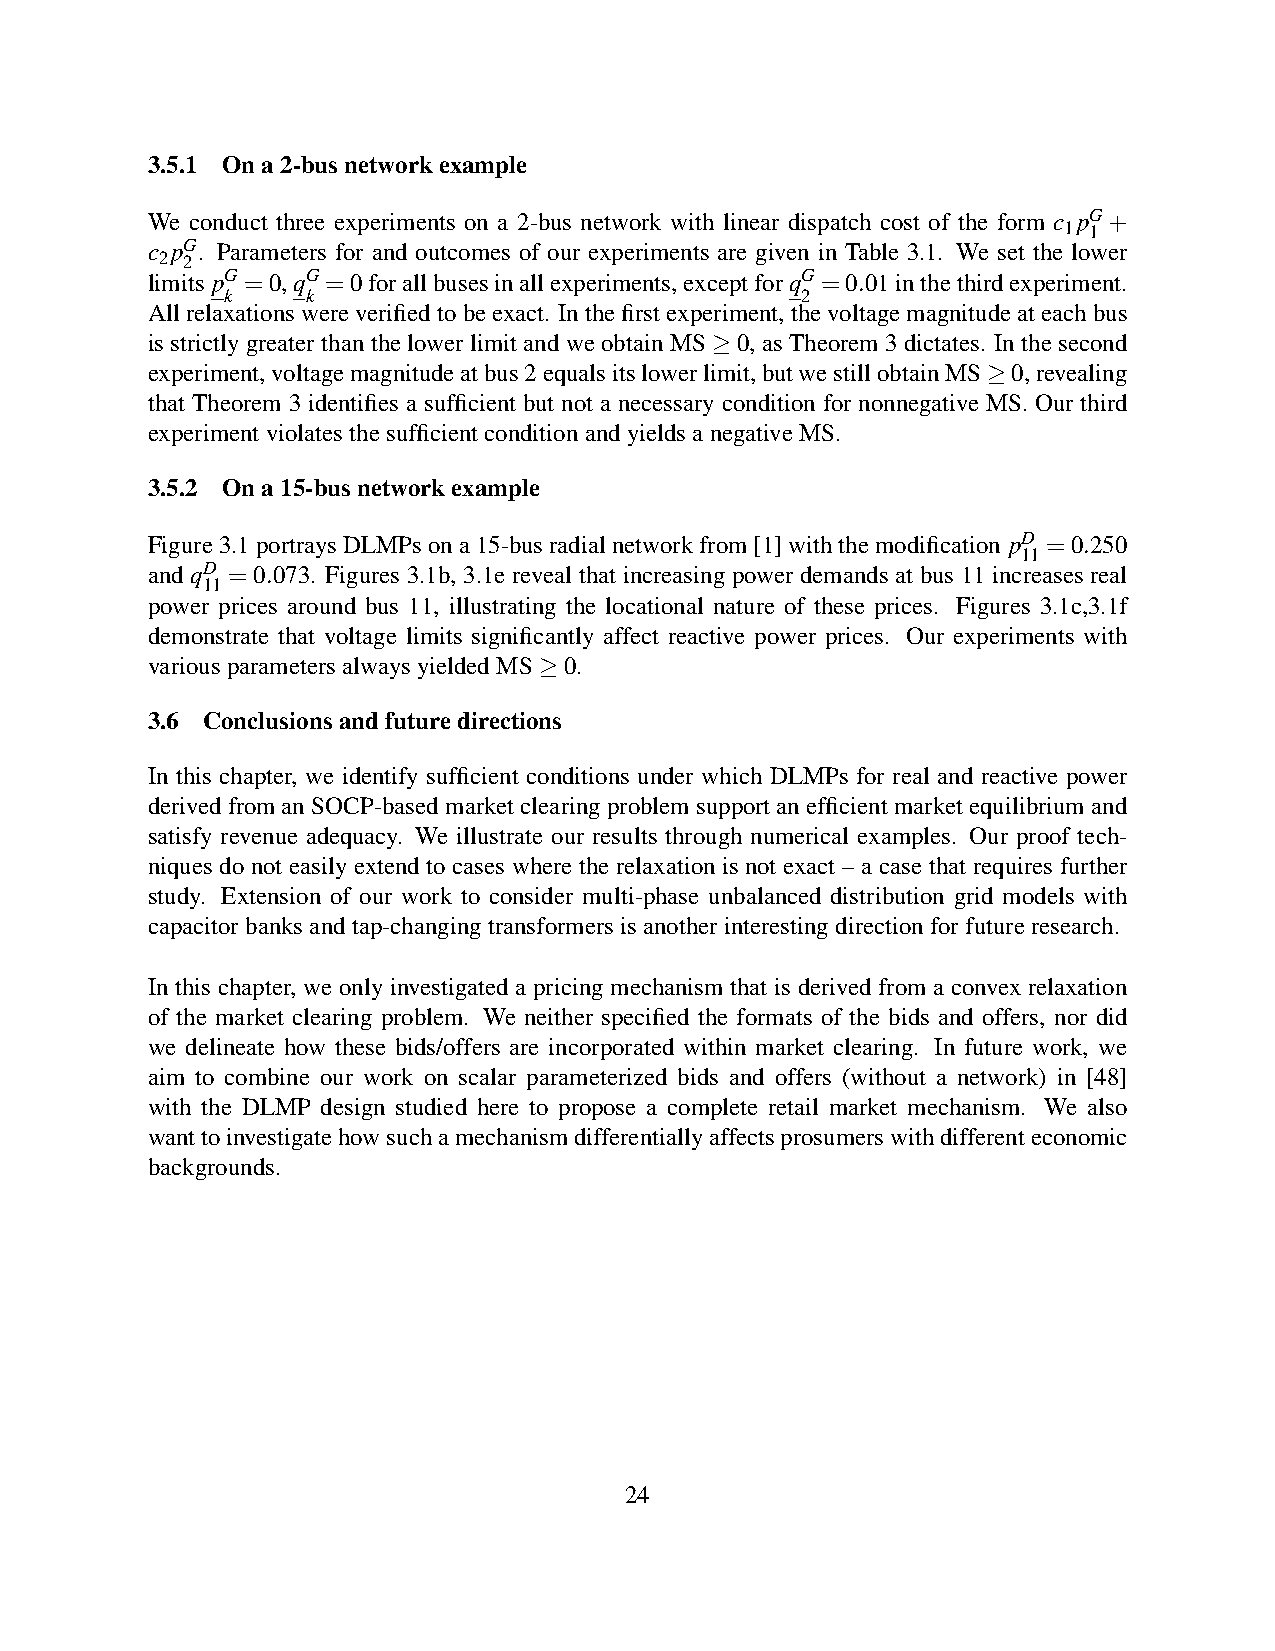
3.5.1 Ona2-busnetworkexample
 We conduct three experiments on a 2-bus network with linear dispatch cost of the form c pG+
 1 1
 c pG. Parameters for and outcomes of our experiments are given in Table 3.1. We set the lower
 2 2
 limits pG=0,qG=0forallbusesinallexperiments,exceptforqG=0.01inthethirdexperiment.
 k    k                                2
 Allrelaxationswereverifiedtobeexact. Inthefirstexperiment,thevoltagemagnitudeateachbus
 is strictly greater than the lower limit and we obtain MS 0, as Theorem 3 dictates. In the second
 ≥
 experiment,voltagemagnitudeatbus2equalsitslowerlimit,butwestillobtainMS 0,revealing
 ≥
 that Theorem 3 identifies a sufficient but not a necessary condition for nonnegative MS. Our third
 experimentviolatesthesufficientconditionandyieldsanegativeMS.
 3.5.2 Ona15-busnetworkexample
 Figure3.1portraysDLMPsona15-busradialnetworkfrom[1]withthemodification pD =0.250
 11
 and qD =0.073. Figures 3.1b, 3.1e reveal that increasing power demands at bus 11 increases real
 11
 power prices around bus 11, illustrating the locational nature of these prices. Figures 3.1c,3.1f
 demonstrate that voltage limits significantly affect reactive power prices. Our experiments with
 variousparametersalwaysyieldedMS 0.
 ≥
 3.6 Conclusionsandfuturedirections
 In this chapter, we identify sufficient conditions under which DLMPs for real and reactive power
 derivedfromanSOCP-basedmarketclearingproblemsupportanefficientmarketequilibriumand
 satisfy revenue adequacy. We illustrate our results through numerical examples. Our proof tech-
 niques do not easily extend to cases where the relaxation is not exact – a case that requires further
 study. Extension of our work to consider multi-phase unbalanced distribution grid models with
 capacitorbanksandtap-changingtransformersisanotherinterestingdirectionforfutureresearch.
 In this chapter, we only investigated a pricing mechanism that is derived from a convex relaxation
 of the market clearing problem. We neither specified the formats of the bids and offers, nor did
 we delineate how these bids/offers are incorporated within market clearing. In future work, we
 aim to combine our work on scalar parameterized bids and offers (without a network) in [48]
 with the DLMP design studied here to propose a complete retail market mechanism. We also
 wanttoinvestigatehowsuchamechanismdifferentiallyaffectsprosumerswithdifferenteconomic
 backgrounds.
 24